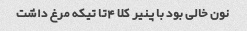
نون خالی بود با پنیر کلا ۴تا تیکه مرغ داشت